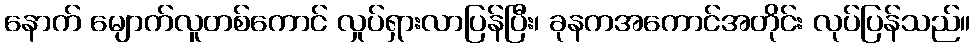
နောက် မျောက်လူတစ်ကောင် လှုပ်ရှားလာပြန်ပြီး၊ ခုနကအကောင်အတိုင်း လုပ်ပြန်သည်။